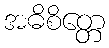
အဓိစိတ္တေ